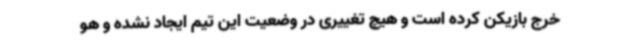
خرج بازیکن کرده است و هیچ تغییری در وضعیت این تیم ایجاد نشده و هو